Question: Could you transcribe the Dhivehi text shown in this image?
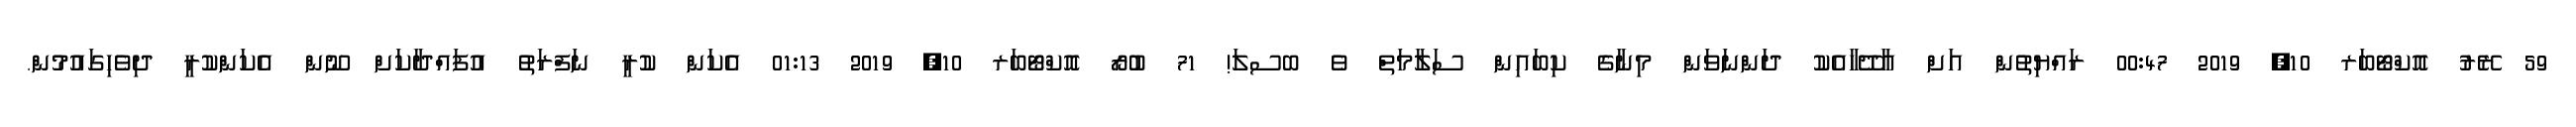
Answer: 59 ރޭރު އޮކްޓޯބަރ 10, 2019 00:47 ރައްޔިތުން އަށް އާދޭހާއެކު ދަންނަވަން މިނާގެ ކިބައިން ސަލާމަތް ވެ ބސލަ! 71 ބުރޯ އޮކްޓޯބަރ 10, 2019 01:13 އެކަން ކުރީ ނަފްރަތު އުފައްދާކަށް ނޫން އެކަންކުރީ ދިވެހިގައުމުން.